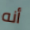
أنه